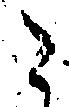
こ